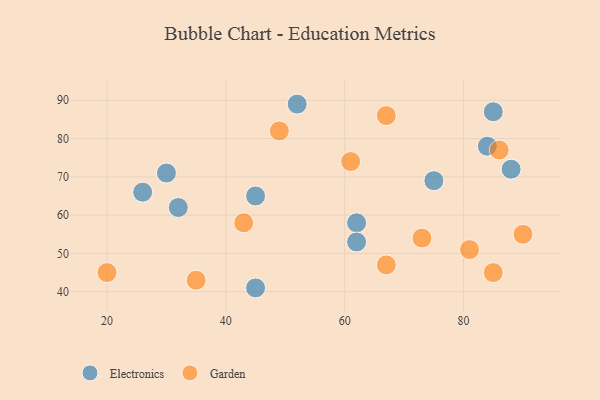
{"axis": {"x": "GDP", "y": "Life Expectancy"}, "legend": ["Electronics", "Garden"], "data": [{"x": "32", "y": 62, "type": "Electronics"}, {"x": "30", "y": 71, "type": "Electronics"}, {"x": "75", "y": 69, "type": "Electronics"}, {"x": "45", "y": 65, "type": "Electronics"}, {"x": "84", "y": 78, "type": "Electronics"}, {"x": "26", "y": 66, "type": "Electronics"}, {"x": "62", "y": 58, "type": "Electronics"}, {"x": "88", "y": 72, "type": "Electronics"}, {"x": "45", "y": 41, "type": "Electronics"}, {"x": "62", "y": 53, "type": "Electronics"}, {"x": "52", "y": 89, "type": "Electronics"}, {"x": "85", "y": 87, "type": "Electronics"}, {"x": "85", "y": 45, "type": "Garden"}, {"x": "67", "y": 47, "type": "Garden"}, {"x": "35", "y": 43, "type": "Garden"}, {"x": "67", "y": 86, "type": "Garden"}, {"x": "90", "y": 55, "type": "Garden"}, {"x": "61", "y": 74, "type": "Garden"}, {"x": "49", "y": 82, "type": "Garden"}, {"x": "81", "y": 51, "type": "Garden"}, {"x": "73", "y": 54, "type": "Garden"}, {"x": "20", "y": 45, "type": "Garden"}, {"x": "43", "y": 58, "type": "Garden"}, {"x": "86", "y": 77, "type": "Garden"}]}